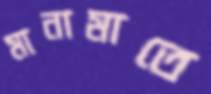
মানামাতে